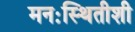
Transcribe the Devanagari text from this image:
मनःस्थितीशी